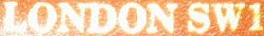
LONDON SW1